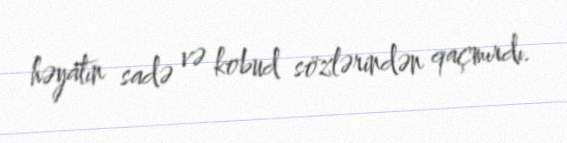
həyatın sadə və kobud sözlərindən qaçmırdı.